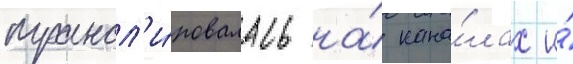
трансл'и́ровалась на́ кана́лах и́